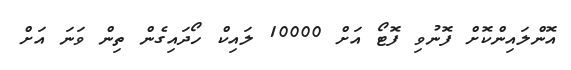
އޮންލައިންކޮށް ފޮނުވި ފޮޓޯ އަށް 10000 ލައިކް ހޯދައިގެން ތިން ވަނަ އަށް